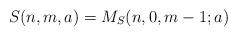
LaTeX: \begin{align*}S(n,m,a)=M_S(n,0,m-1;a)\end{align*}